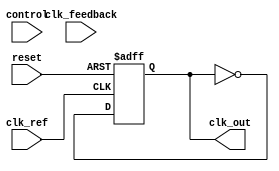
module ADPLL (
    input wire clk_ref,         // Reference clock input
    input wire clk_feedback,    // Feedback clock from VCO
    input wire reset,           // Asynchronous reset
    input wire [7:0] control,   // Control input for VCO
    output reg clk_out          // Output clock from VCO
);

    // Phase Frequency Detector (PFD)
    reg up, down;
    reg last_clk_ref, last_clk_feedback;

    always @(posedge clk_ref or posedge reset) begin
        if (reset) begin
            up <= 0;
            down <= 0;
            last_clk_ref <= 0;
            last_clk_feedback <= 0;
        end else begin
            if (last_clk_ref == 0 && clk_ref == 1) begin
                if (last_clk_feedback == 0 && clk_feedback == 1) begin
                    // Both clocks are rising, do nothing
                end else if (last_clk_feedback == 1 && clk_feedback == 0) begin
                    up <= 1; // VCO is late
                    down <= 0;
                end
            end else if (last_clk_feedback == 0 && clk_feedback == 1) begin
                down <= 1; // VCO is early
                up <= 0;
            end
            last_clk_ref <= clk_ref;
            last_clk_feedback <= clk_feedback;
        end
    end

    // Charge Pump (CP)
    reg [15:0] charge_pump_output;

    always @(posedge clk_ref or posedge reset) begin
        if (reset) begin
            charge_pump_output <= 0;
        end else begin
            if (up) begin
                charge_pump_output <= charge_pump_output + 1; // Increase control voltage
            end else if (down) begin
                charge_pump_output <= charge_pump_output - 1; // Decrease control voltage
            end
        end
    end

    // Loop Filter (Digital Filter)
    reg [15:0] loop_filter_output;

    always @(posedge clk_ref or posedge reset) begin
        if (reset) begin
            loop_filter_output <= 0;
        end else begin
            loop_filter_output <= (loop_filter_output + charge_pump_output) >> 1; // Simple averaging filter
        end
    end

    // Voltage-Controlled Oscillator (VCO)
    reg [15:0] vco_frequency;

    always @(posedge clk_ref or posedge reset) begin
        if (reset) begin
            vco_frequency <= 0;
            clk_out <= 0;
        end else begin
            vco_frequency <= loop_filter_output + control; // Control frequency based on loop filter and input control
            clk_out <= ~clk_out; // Toggle output clock for simulation purposes
        end
    end

    // Frequency Divider (Integer Divider)
    reg [3:0] divider_counter;

    always @(posedge clk_out or posedge reset) begin
        if (reset) begin
            divider_counter <= 0;
            clk_feedback <= 0; // Feedback clock
        end else begin
            if (divider_counter == 3) begin // Example divider ratio
                clk_feedback <= ~clk_feedback; // Toggle feedback clock
                divider_counter <= 0;
            end else begin
                divider_counter <= divider_counter + 1;
            end
        end
    end

endmodule